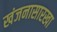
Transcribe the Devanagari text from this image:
खंजनासारखा